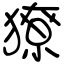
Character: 獠